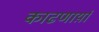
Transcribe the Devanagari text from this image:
काढणार्य़ा